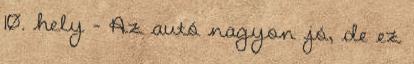
10. hely - Az autó nagyon jó, de ez